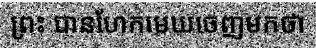
ព្រះ បានហែកមេឃចេញមកថា